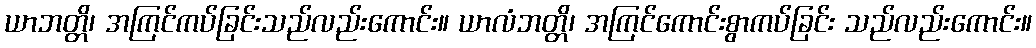
ယာဘတ္တိ၊ အကြင်ကပ်ခြင်းသည်လည်းကောင်း။ ယာလံဘတ္တိ၊ အကြင်ကောင်းစွာကပ်ခြင်း သည်လည်းကောင်း။